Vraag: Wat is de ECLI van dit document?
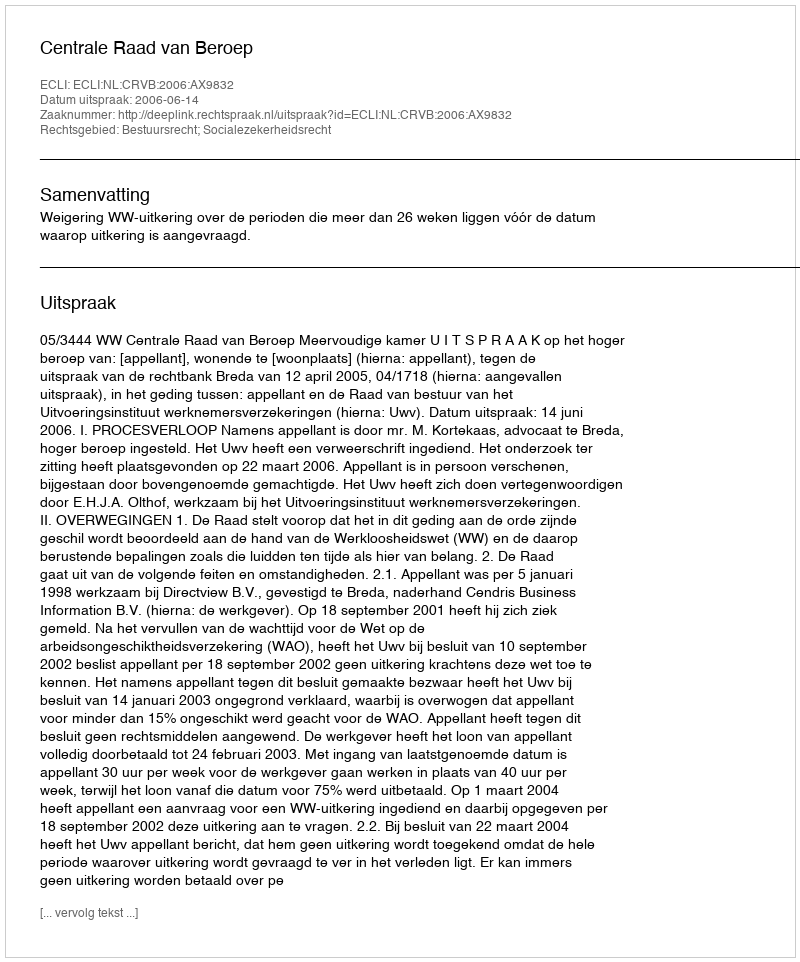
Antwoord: ECLI:NL:CRVB:2006:AX9832